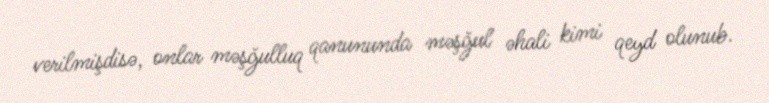
verilmişdisə, onlar məşğulluq qanununda məşğul əhali kimi qeyd olunub.